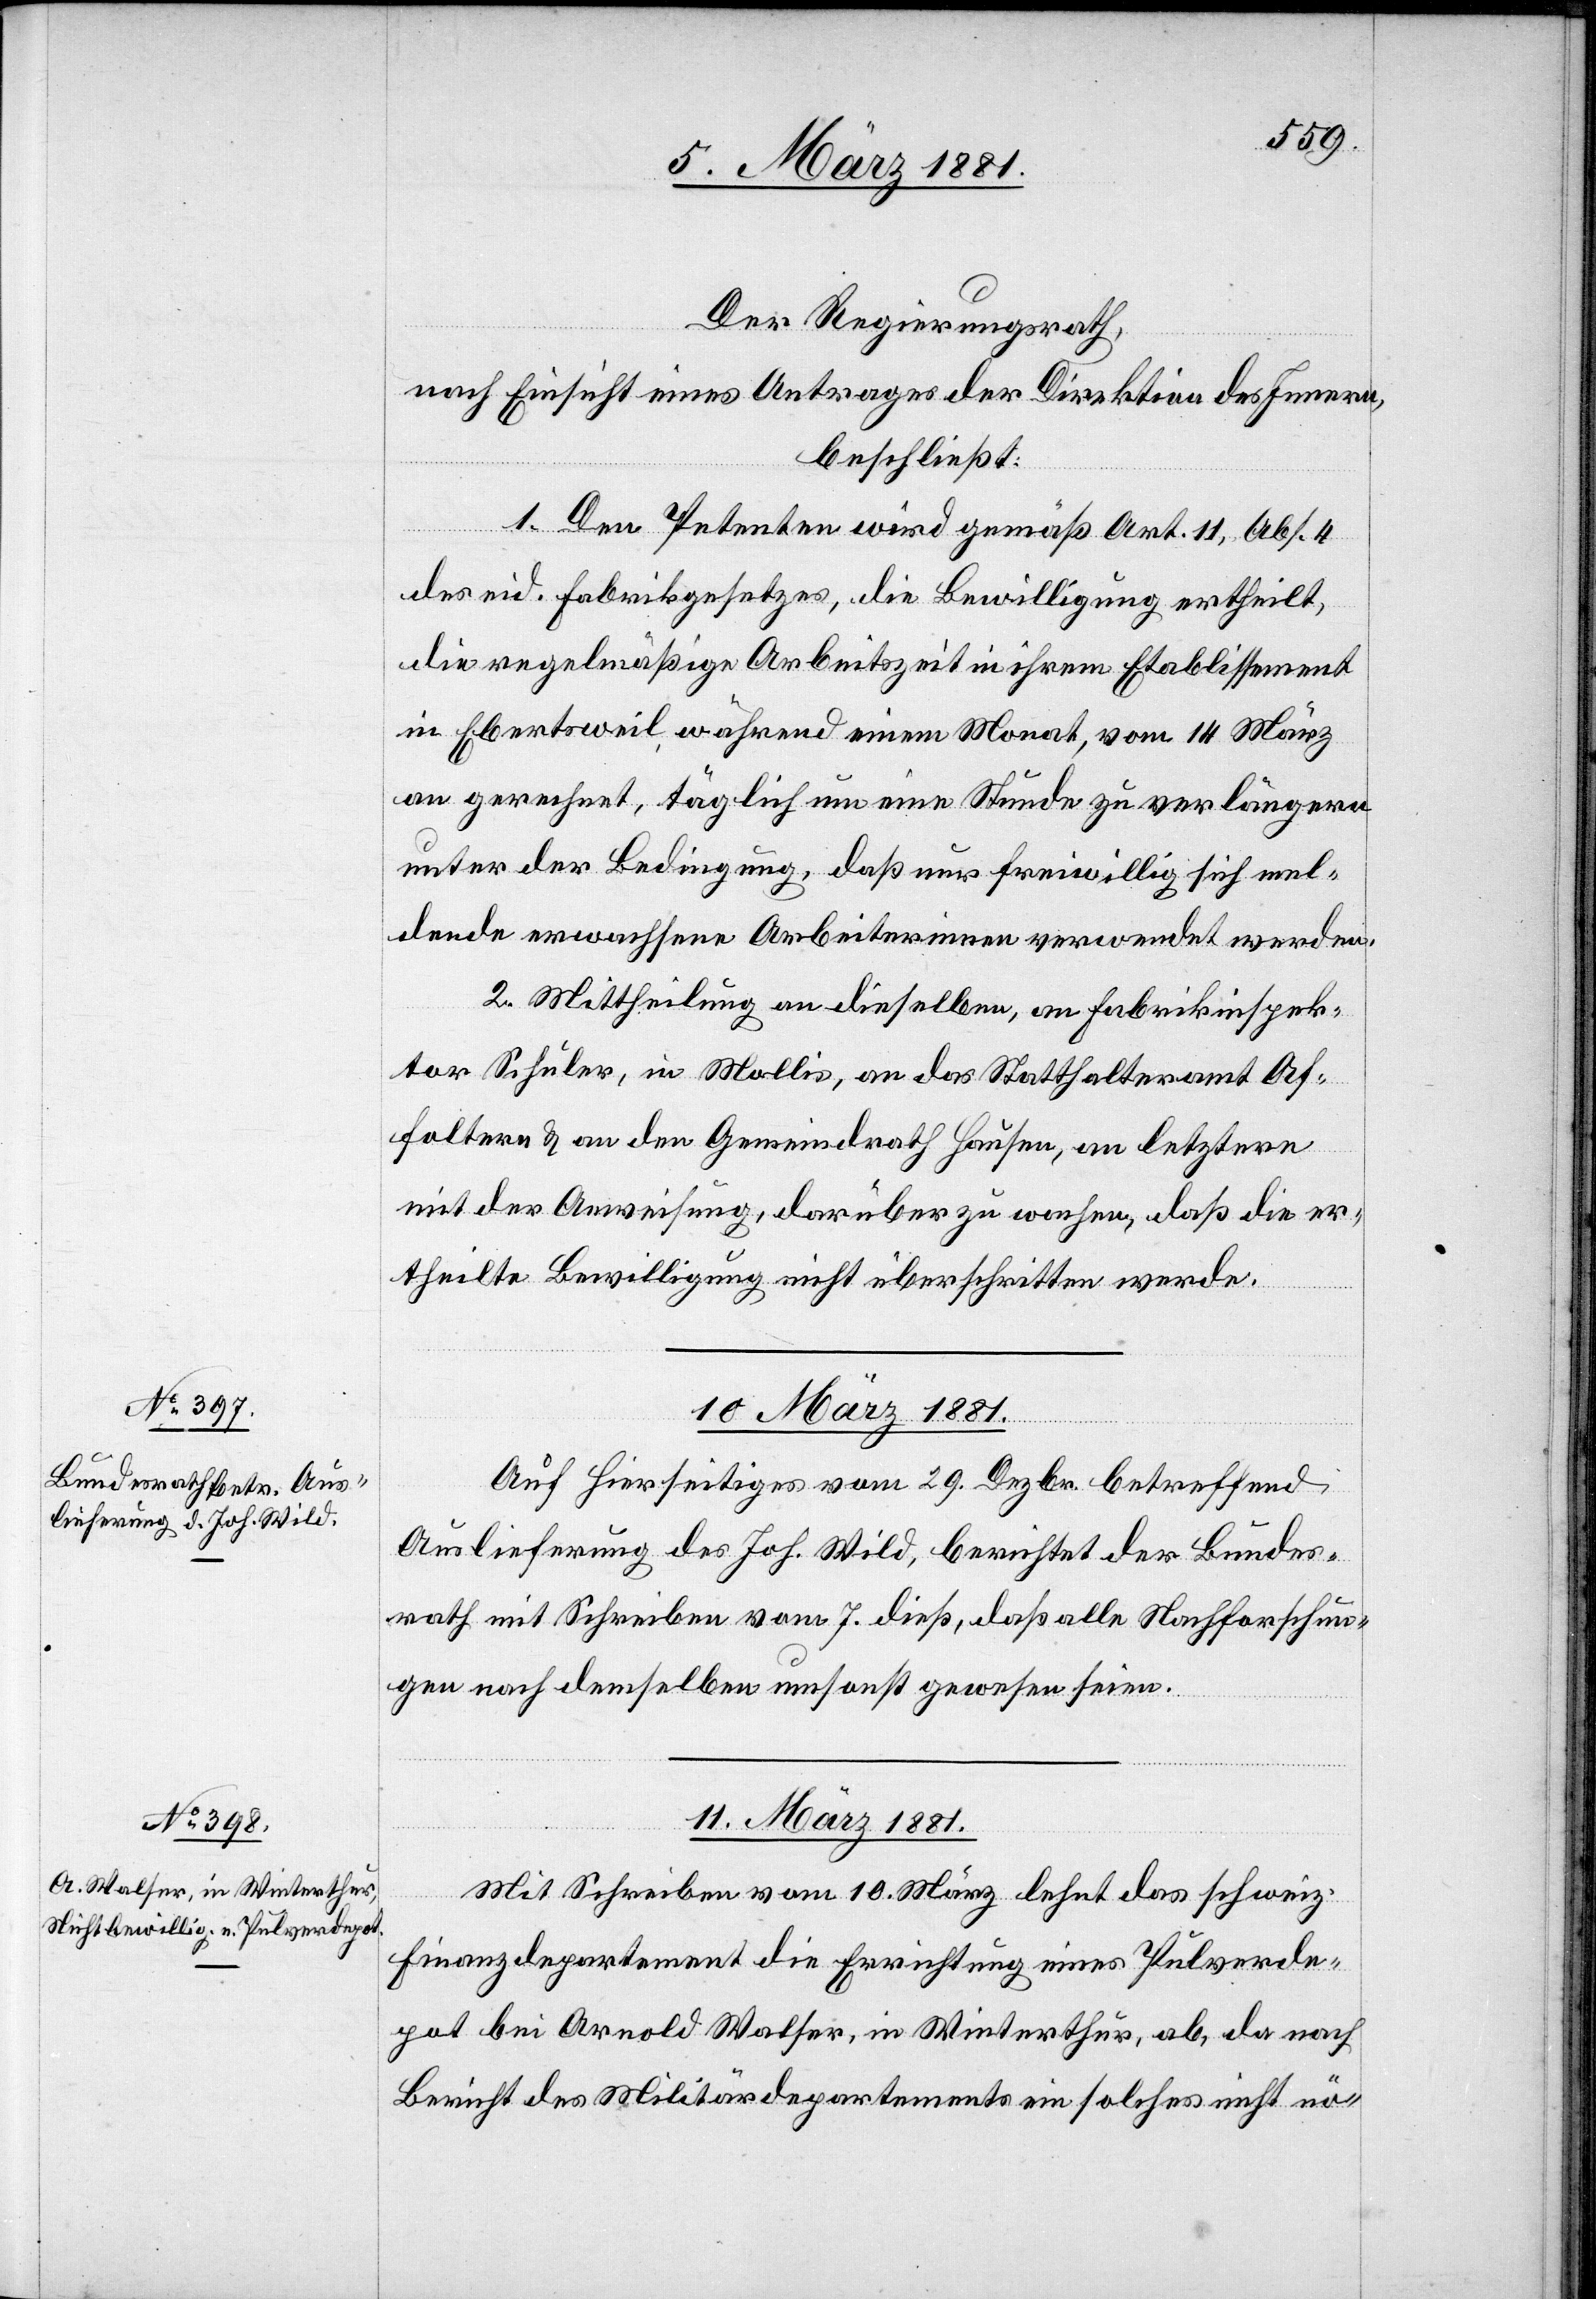
Der Regierungsrath,
nach Einsicht eines Antrages der Direktion des Innern,
beschließt:
1. Den Petenten wird gemäß Art. 11, Abs. 4
des eid. Fabrikgesetzes, die Bewilligung ertheilt,
die regelmäßige Arbeitszeit in ihrem Etablissement
in Ebertsweil während einem Monat, vom 14 März
an gerechnet, täglich um eine Stunde zu verlängern
unter der Bedingung, daß nur freiwillig sich mel¬
dende erwachsene Arbeiterinnen verwendet werden.
2. Mittheilung an dieselben, an Fabrikinspek¬
tor Schuler, in Mollis, an das Statthalteramt Af¬
foltern & an den Gemeindrath Hausen, an letztern
mit der Anweisung, darüber zu wachen, daß die er¬
theilte Bewilligung nicht überschritten werde.
10. März 1881.
Auf hierseitiges vom 29. Dezbr. betreffend
Auslieferung des Joh. Wild, berichtet der Bundes¬
rath mit Schreiben vom 7. dieß, daß alle Nachforschun¬
gen nach demselben umsonst gewesen seien.
11. März 1881.
Mit Schreiben vom 10. März lehnt das schweiz.
Finanzdepartement die Errichtung eines Pulverde¬
pot bei Arnold Walser, in Winterthur, ab, da nach
Bericht des Militärdepartements ein solches nicht nö-